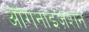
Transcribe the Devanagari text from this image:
ऑगनाइज़ेशन